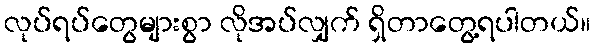
လုပ်ရပ်တွေများစွာ လိုအပ်လျှက် ရှိတာတွေ့ရပါတယ်။